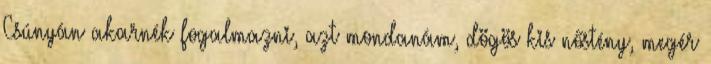
Csúnyán akarnék fogalmazni, azt mondanám, dögös kis nőstény, megér